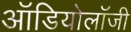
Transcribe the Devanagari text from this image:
ऑडियोलॉजी